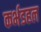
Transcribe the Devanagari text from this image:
कर्भडहल